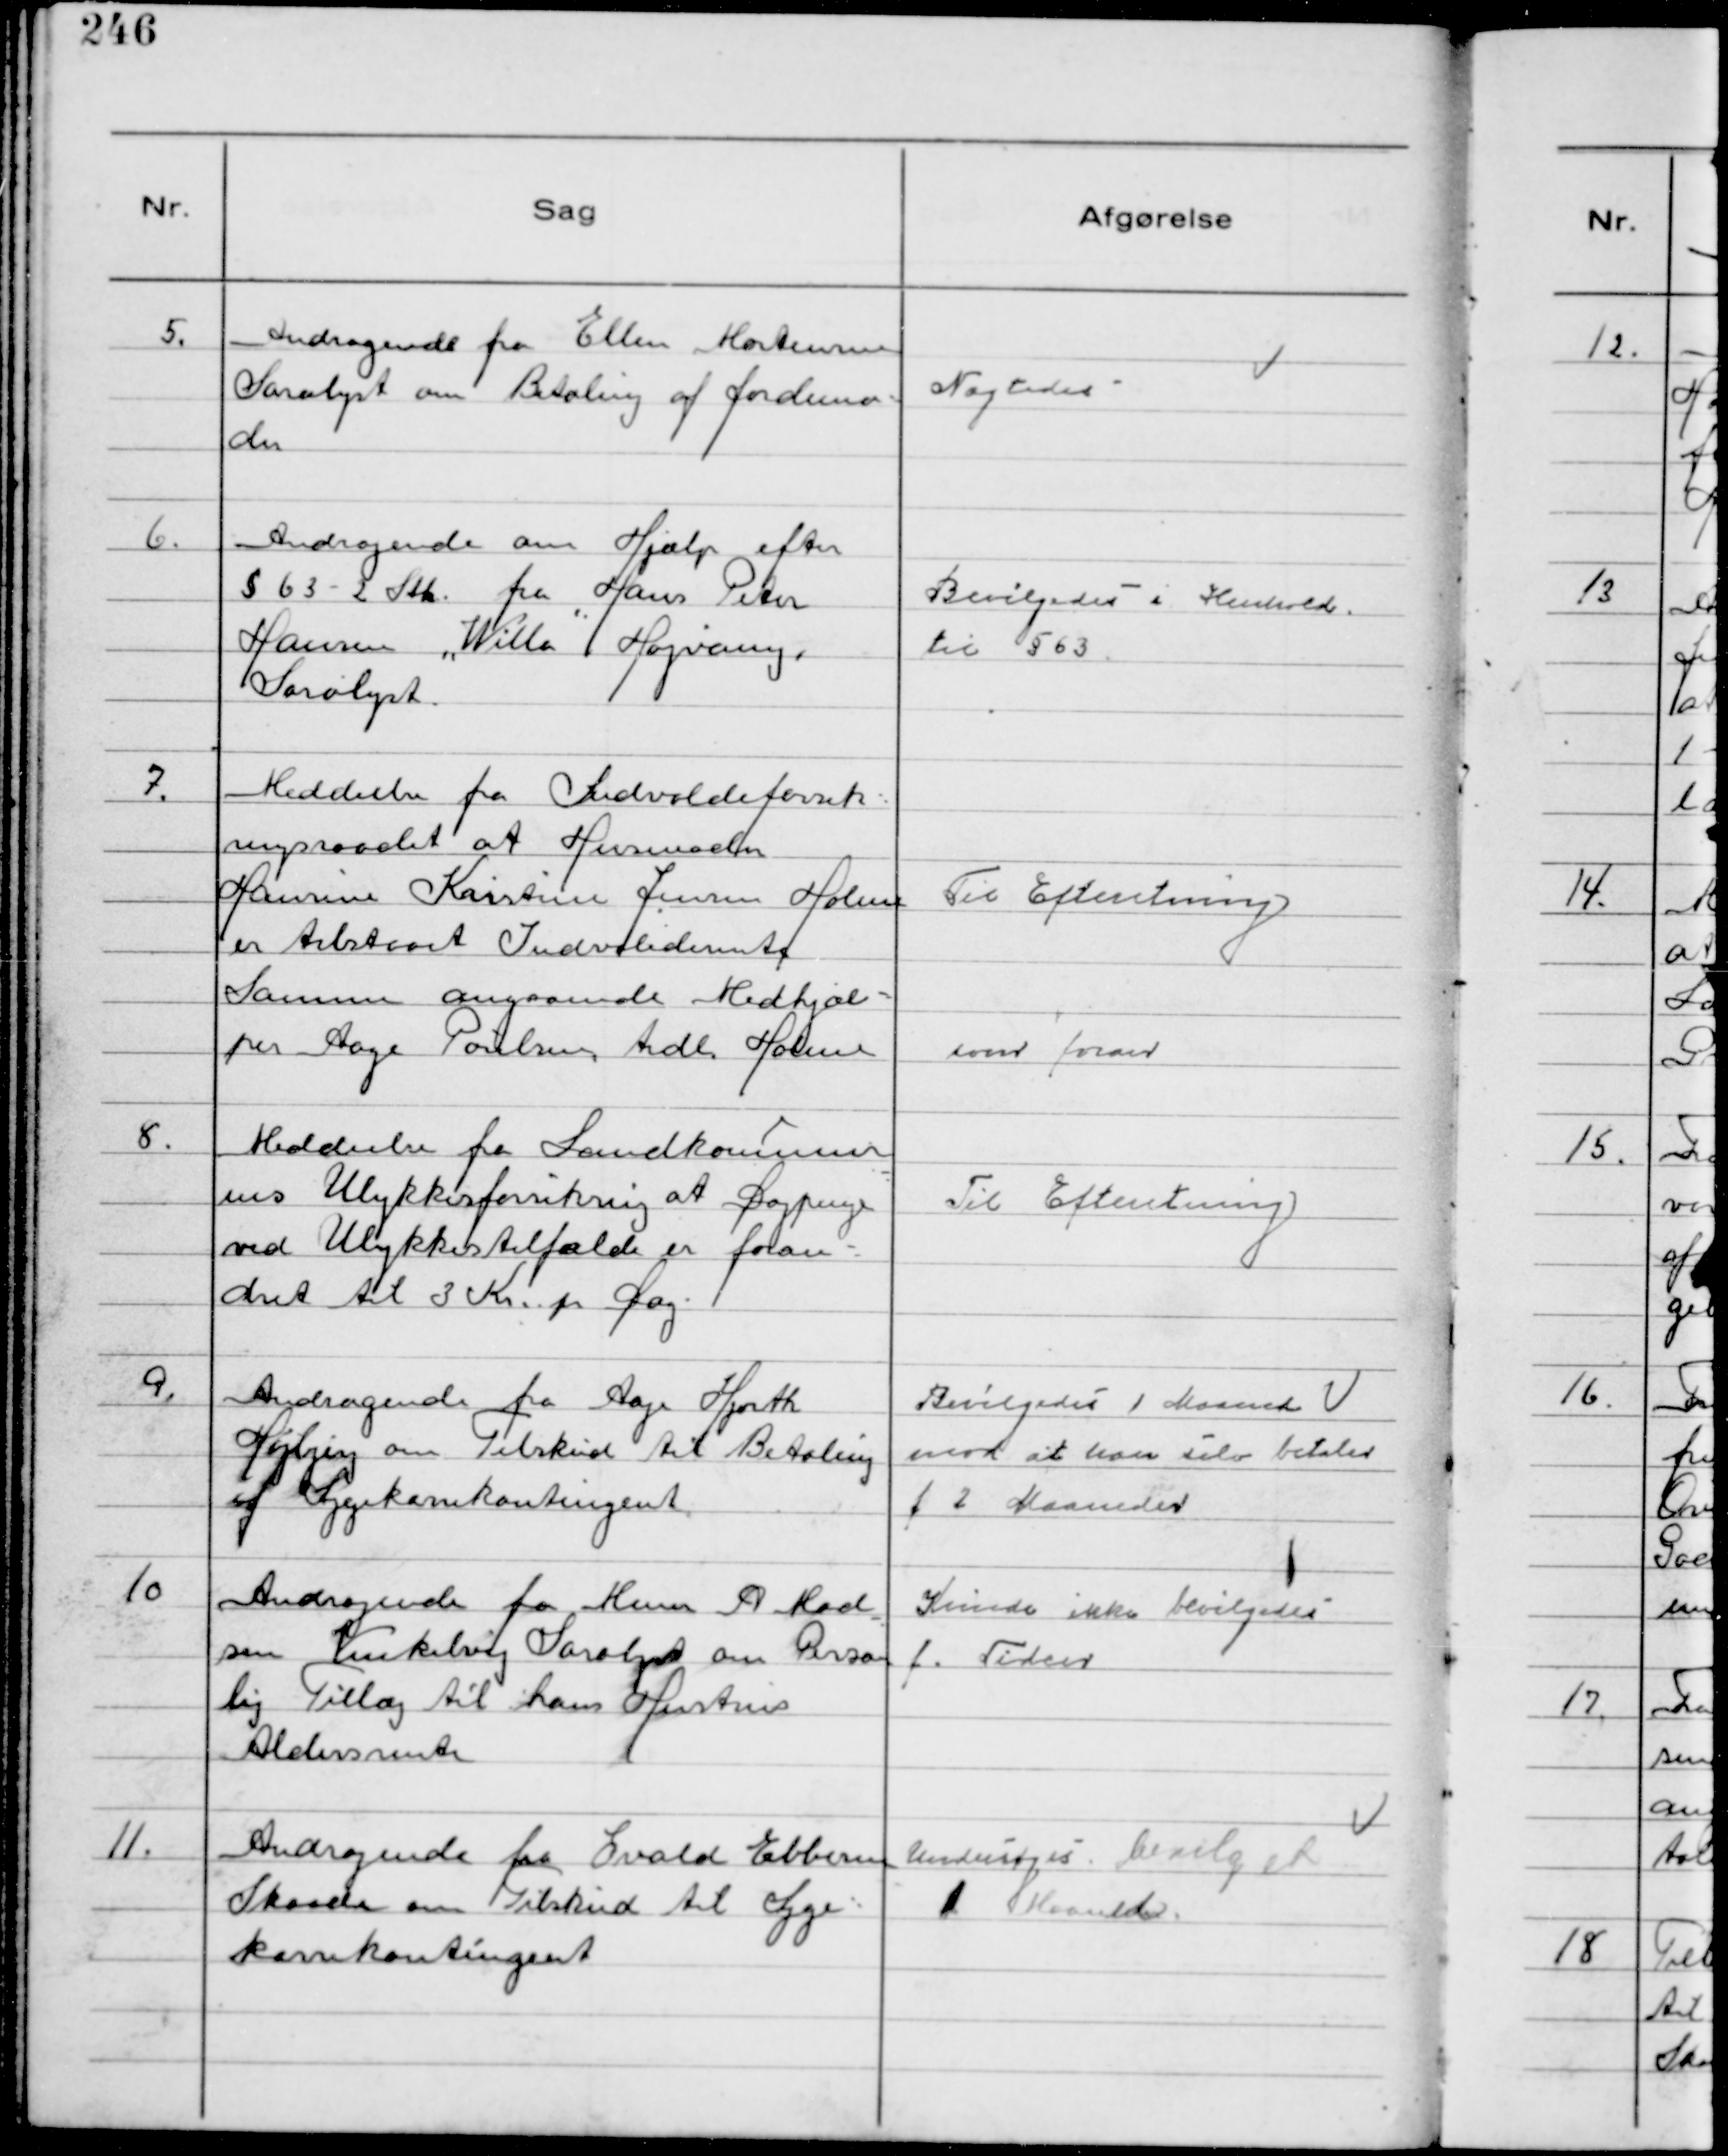
Transskription:
5.
Andragende fra Ellen Mortensen
Saralyst om Betaling af Jordemo-
der

Nægtedes

6.
Andragende om Hjælp efter
§ 63 - 2 stk. fra Hans Peter
Hansen "Willa" Højvang,
Saralyst.

Bevilgedes i Henhold
til § 63.

7.
Meddeelse fra Indvalideforsik-
ringsraadet at Husmoder
Hansine Kristine Jensen Holme
er tilstaaet Indvaliderente
Samme angaaende Medhjæl-
per Aage Poulsen tidl. Holme

Til Efteretning

som foran

8.
Meddeelse fra Landkommuner
nes Ulykkesforsikring at Dagpenge
ved Ulykkestilfælde er foran-
dret til 3 Kr. pr Dag

Til Efteretning

9.
Andragende fra Aage Hjorth
Højbjerg om Tilskud til Betaling
af Sygekassekontingent

Bevilgedes 1 Maaned
mod at han selv betaler
f 2 Maaneder

10
Andragende fra Murer A Mad
sen Vinkelvej Saralyst om Person
lig Tillæg til hans Hustrus
Aldersrente

Kunde ikke bevilgedes
f. Tiden

11.
Andragende fra Evald Ebbesen
 Skaade om Tilskud til Syge-
kassekontingent

Undersøges. bevilget
1 Maaned